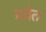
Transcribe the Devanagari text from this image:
प्रचेत